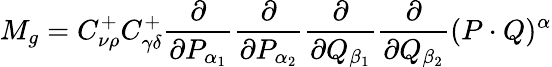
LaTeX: M_{g}=C_{\nu\rho}^{+}C_{\gamma\delta}^{+}\frac{\partial}{\partial P_{\alpha_{1}}}\frac{\partial}{\partial P_{\alpha_{2}}}\frac{\partial}{\partial Q_{\beta_{1}}}\frac{\partial}{\partial Q_{\beta_{2}}}(P\cdot Q)^{\alpha}